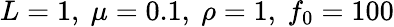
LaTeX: L=1,\ \mu=0.1,\ \rho=1,\ f_{0}=100